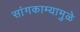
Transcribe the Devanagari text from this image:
सांगकाम्यामुळे